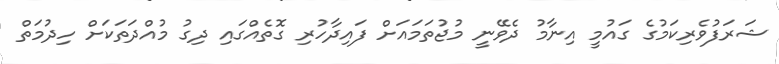
ޝަރަފުވެރިކަމުގެ ގައުމީ އިނާމު ދެވޭނީ މުޖުތަމައަށް ފައިދާހުރި ގޮތެއްގައި ދިގު މުއްދަތަކަށް ހިދުމަތް